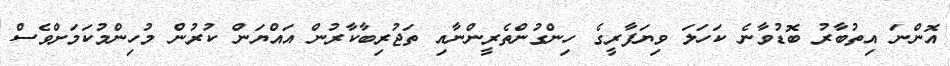
އޮންނަ އިތުބާރު ބޮޑުވާނެ ކަހަލަ ވިޔަފާރީގެ ހިންގުންތެރީންނާއި ތަޖުރިބާކާރުން އައްޔަން ކުރުން މުހިންމުކަމަށްވެސް